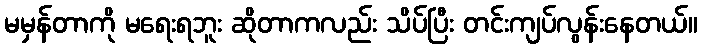
မမှန်တာကို မရေးရဘူး ဆိုတာကလည်း သိပ်ပြီး တင်းကျပ်လွန်းနေတယ်။